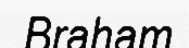
Braham